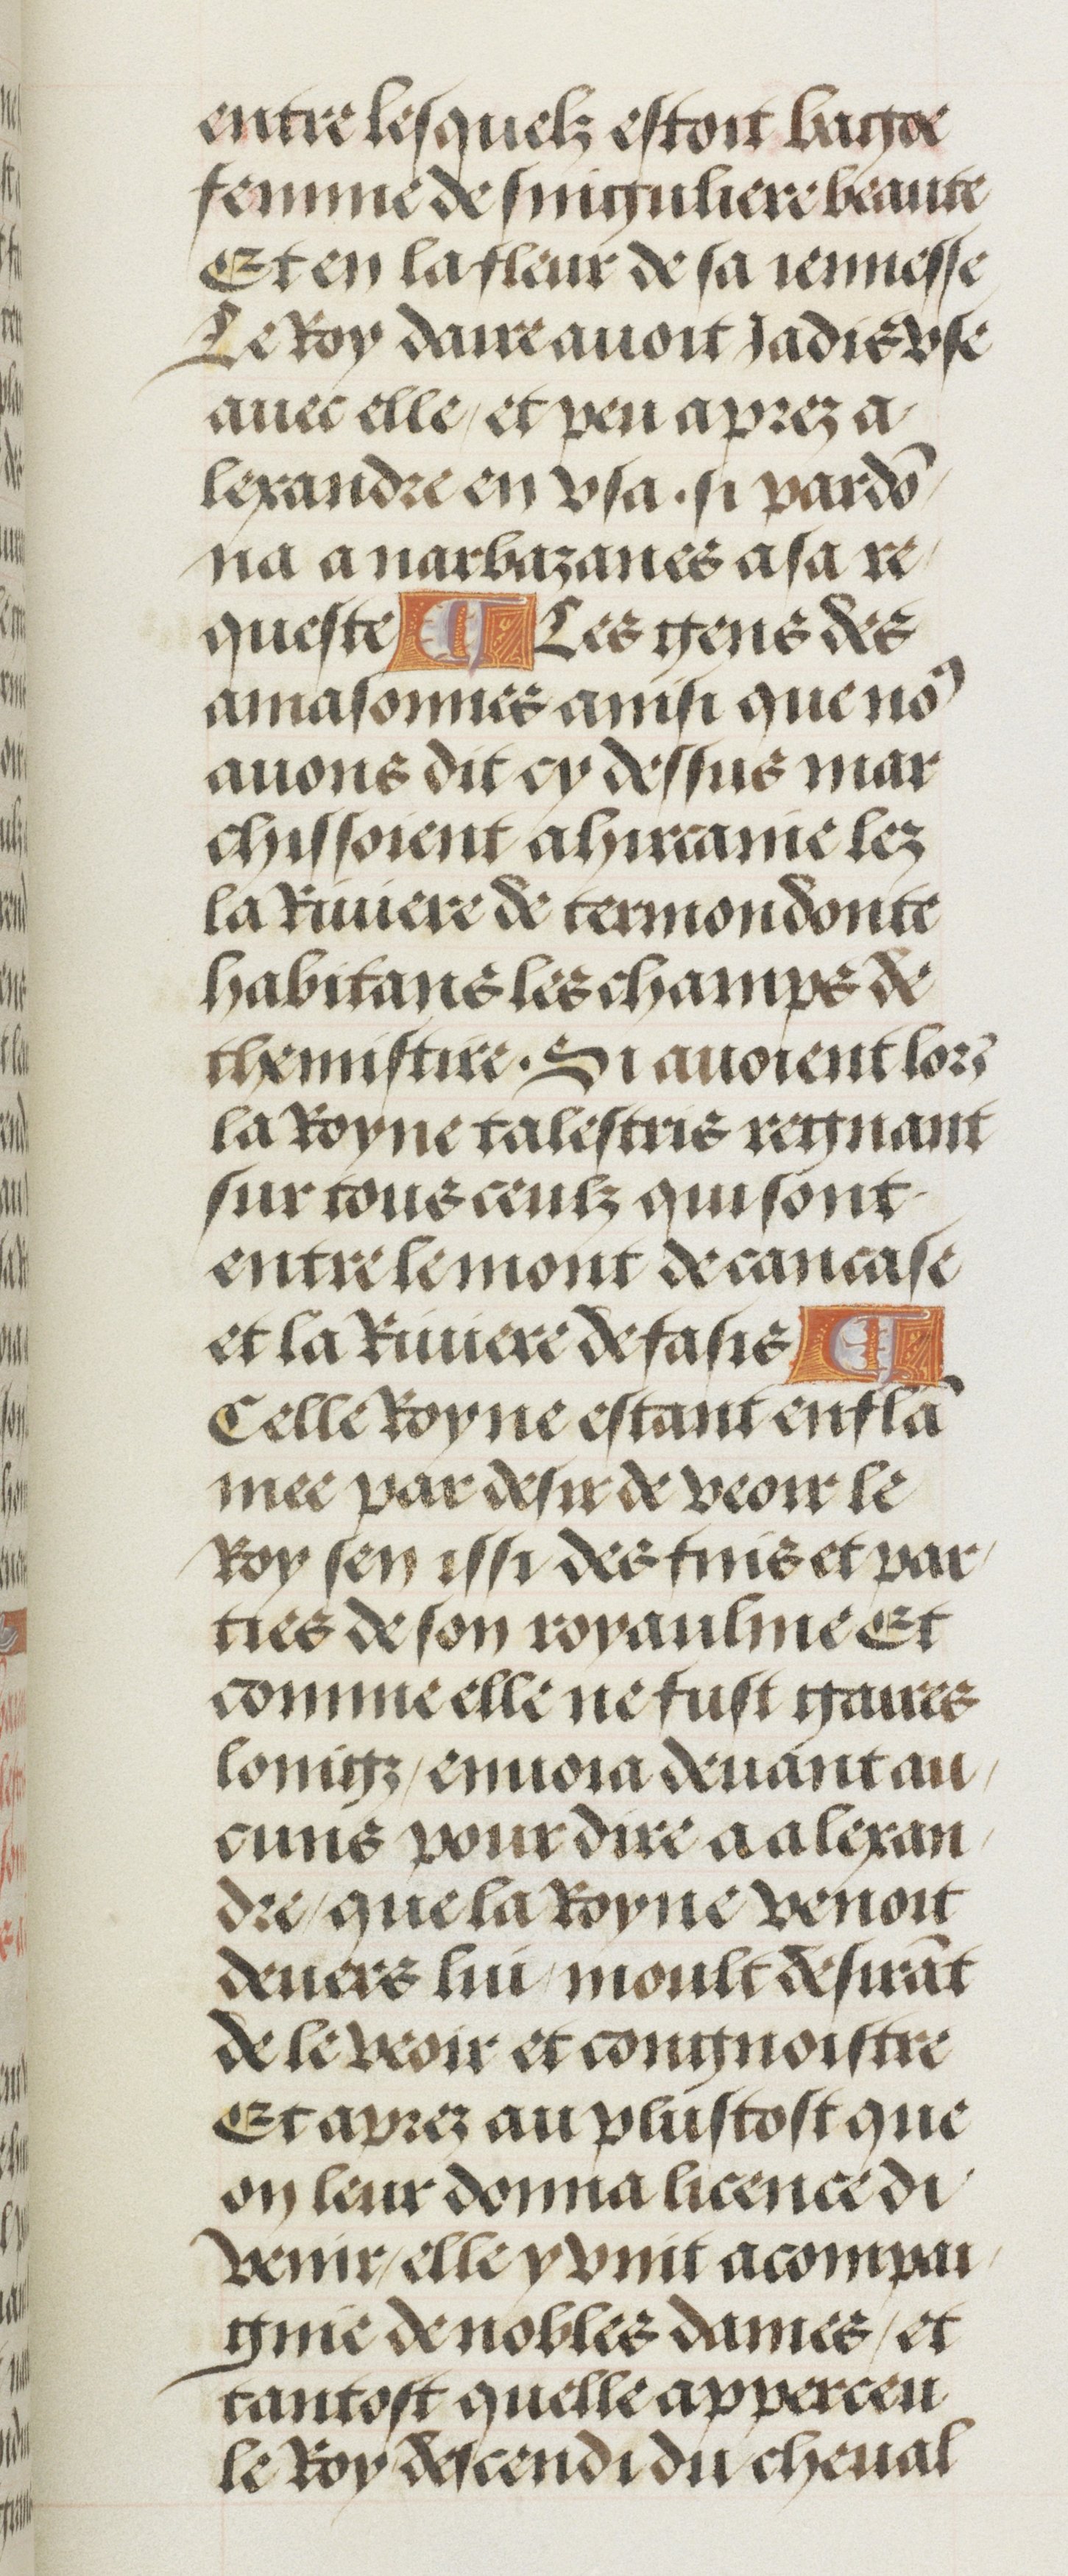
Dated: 1460–1515